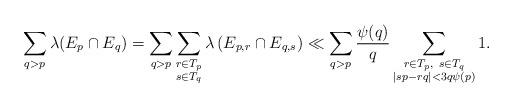
LaTeX: \begin{align*}\sum_{q > p} \lambda(E_p \cap E_q) = \sum_{q > p} \sum_{\substack{r \in T_p \\ s \in T_q}} \lambda \left( E_{p,r} \cap E_{q,s} \right) \ll \sum_{q > p} \frac {\psi(q)}{q} \sum_{\substack{r \in T_p, \ s \in T_q \\ |sp-rq| < 3 q \psi(p)}} 1.\end{align*}